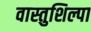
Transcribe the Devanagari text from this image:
वास्तुशिल्पा